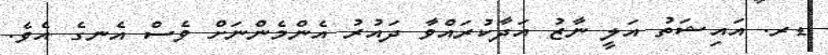
ޑރ. އައިޝަތު އަލީ ނާޒު އަދާކުރައްވާ ދައުރު އެންމެންނަށް ވެސް އެނގެ އެވެ.